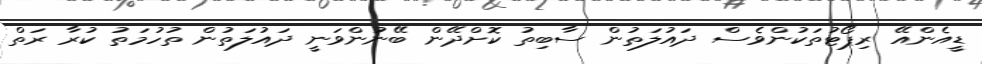
ޑީއެންއޭ ރިޕޯޓުތަކުންވެސް ދައުލަތުން ސާބިތު ކޮށްދޭން ބޭނުންވަނީ ދައުލަތުން ތުހުމަތު ކުރާ ރަތް